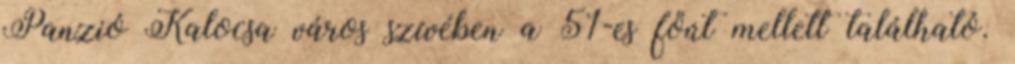
Panzió Kalocsa város szívében a 51-es főút mellett található.